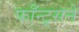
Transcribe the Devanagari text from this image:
फाँन्ट्‌सने